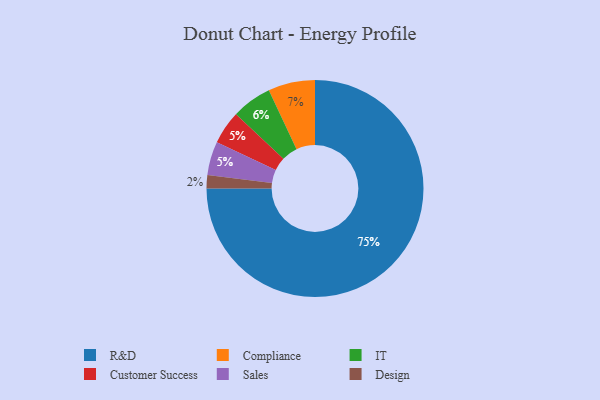
{"axis": {"x": "Category", "y": "Percentage"}, "legend": ["Compliance", "Customer Success", "Design", "IT", "R&D", "Sales"], "data": [{"x": "Compliance", "y": 7, "type": "Compliance"}, {"x": "Customer Success", "y": 5, "type": "Customer Success"}, {"x": "Sales", "y": 5, "type": "Sales"}, {"x": "IT", "y": 6, "type": "IT"}, {"x": "R&D", "y": 75, "type": "R&D"}, {"x": "Design", "y": 2, "type": "Design"}]}